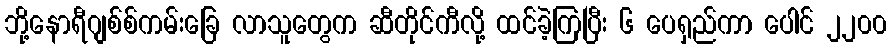
ဘို့နောရီဂျစ်စ်ကမ်းခြေ လာသူတွေက ဆီတိုင်ကီလို့ ထင်ခဲ့ကြပြီး ၆ ပေရှည်ကာ ပေါင် ၂၂၀၀